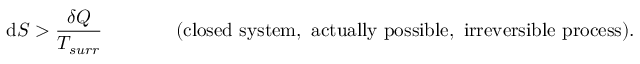
\mathrm { d } S > { \frac { \delta Q } { T _ { s u r r } } } \, \, \, \, \, \, \, \, \, \, \, \, \, \, \, \, \, \, \, \, \, \, \, { \mathrm { ( c l o s e d ~ s y s t e m , ~ a c t u a l l y ~ p o s s i b l e , ~ i r r e v e r s i b l e ~ p r o c e s s ) . } }